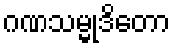
ဂဏသမ္မုဒိတော